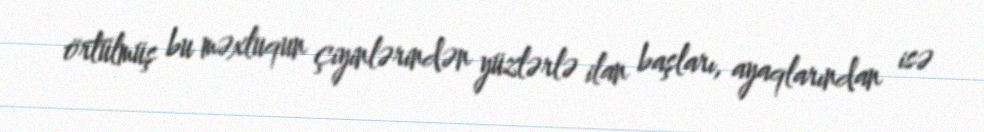
örtülmüş bu məxluqun çiyinlərindən yüzlərlə ilan başları, ayaqlarından isə